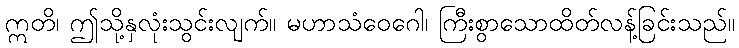
ဣတိ၊ ဤသို့နှလုံးသွင်းလျက်။ မဟာသံဝေဂေါ၊ ကြီးစွာသောထိတ်လန့်ခြင်းသည်။